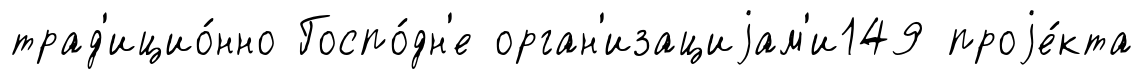
трад'ицио́нно Госпо́дн'е орган'изациjам'и149 проjе́кта